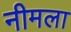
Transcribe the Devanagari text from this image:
नीमला